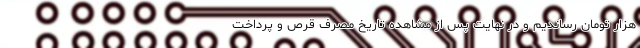
هزار تومان رساندیم و در نهایت پس از مشاهده تاریخ مصرف قرص و پرداخت